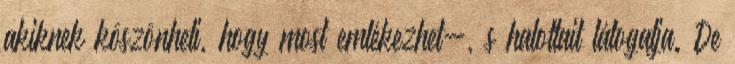
akiknek köszönheti, hogy most emlékezhet-, s halottait látogatja. De